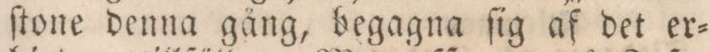
ſtone denna gång, begagna ſig af det er=